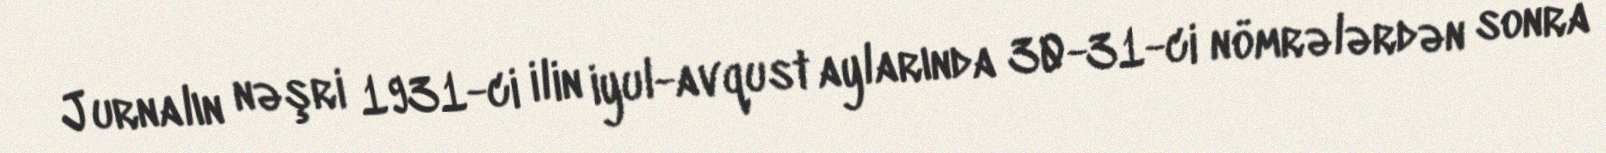
Jurnalın nəşri 1931-ci ilin iyul-avqust aylarında 30-31-ci nömrələrdən sonra